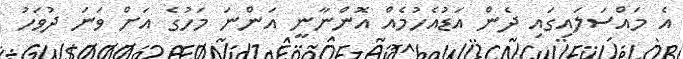
އެ މައްސަލައިގައި ދެން އަޑުއެހުމެއް އޮންނާނީ އަންނަ މަހުގެ އަށް ވަނަ ދުވަހު